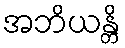
အဘိယန္တိ